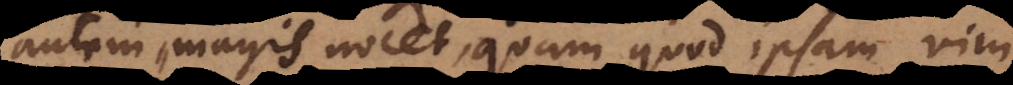
autem magis nocet, quam quod ipsam vim